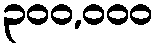
၃၀၀,၀၀၀